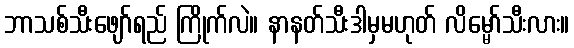
ဘာသစ်သီးဖျော်ရည် ကြိုက်လဲ။ နာနတ်သီးဒါမှမဟုတ် လိမ္မော်သီးလား။